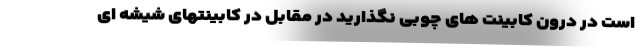
است در درون کابینت های چوبی نگذارید در مقابل در کابینتهای شیشه ای